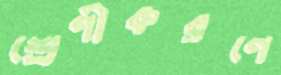
শ্রেণীকরণে